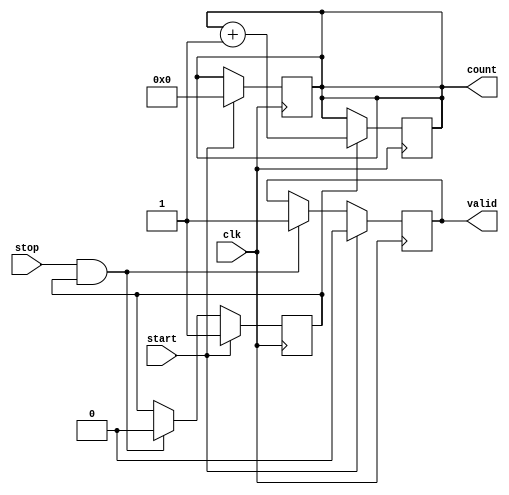
module TDC (
    input wire clk,               // System clock
    input wire start,             // Start signal
    input wire stop,              // Stop signal
    output reg [N-1:0] count,     // Counter output representing time interval
    output reg valid              // Signal indicating valid output
);
    parameter N = 8;              // Number of delay stages (adjust for resolution)
    parameter DELAY_INCREMENT = 1; // Each stage increment (can be adjusted)
    
    reg [N-1:0] delay_line;       // Delay line (shift register)
    reg counting;                 // Flag to indicate if counting is active

    // Initialize the delay line and counter
    initial begin
        delay_line = 0;
        count = 0;
        valid = 0;
        counting = 0;
    end

    // Generate a simple delay line
    always @(posedge clk) begin
        if (counting) begin
            delay_line <= {delay_line[N-2:0], 1'b1}; // Shift in the '1' for active stage
            count <= count + DELAY_INCREMENT; // Increment counter
        end else begin
            delay_line <= 0; // Reset delay line when not counting
        end
    end
    
    // Control logic for start and stop signals
    always @(posedge clk) begin
        if (start) begin
            counting <= 1;   // Start counting
            count <= 0;      // Reset count
            valid <= 0;      // Invalidate output during counting
        end else if (stop && counting) begin
            counting <= 0;   // Stop counting
            valid <= 1;      // Mark output as valid
        end
    end

endmodule